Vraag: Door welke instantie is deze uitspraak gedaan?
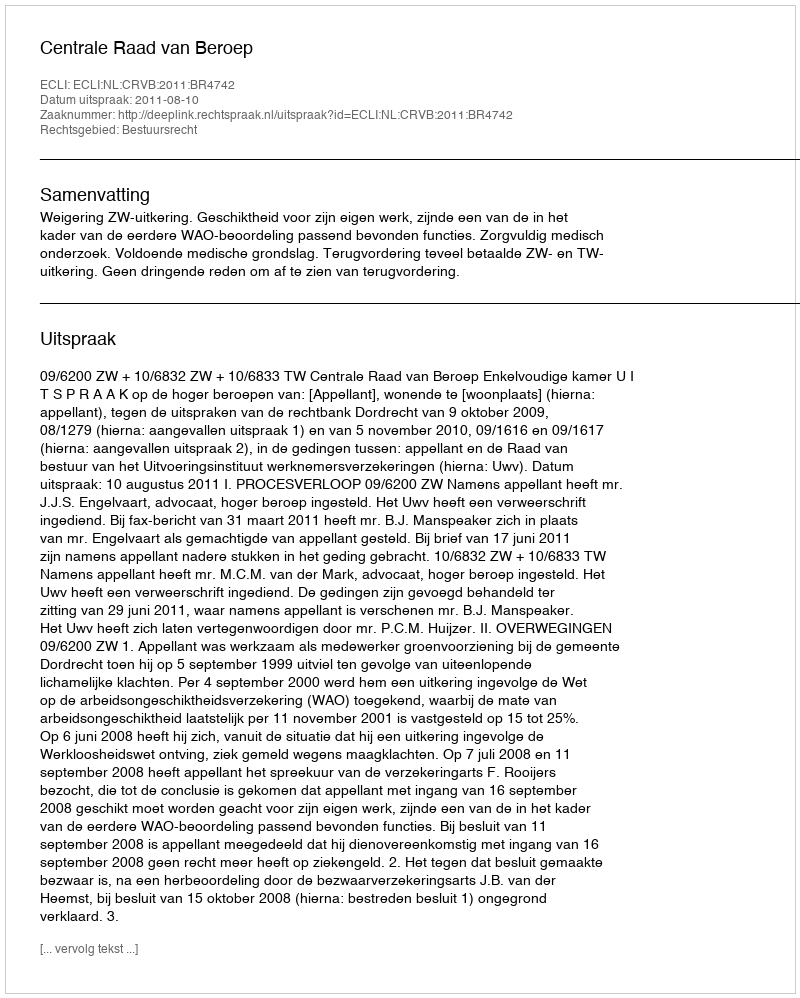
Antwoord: Centrale Raad van Beroep